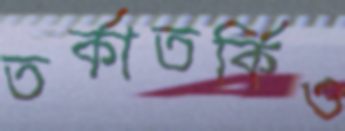
তর্কাতর্কিও